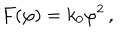
LaTeX: F ( \varphi ) = k _ { 0 } { \varphi } ^ { 2 } \, ,